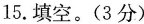
15.填空。(3分)